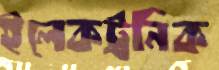
ইলেকট্রনিক